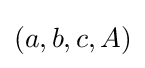
(a,b,c,A)